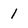
Character: 1